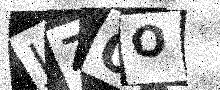
Text: JZ0O